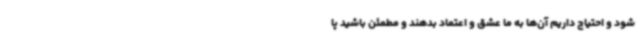
شود و احتیاج داریم آن‌ها به ما عشق و اعتماد بدهند و مطمئن باشید پا